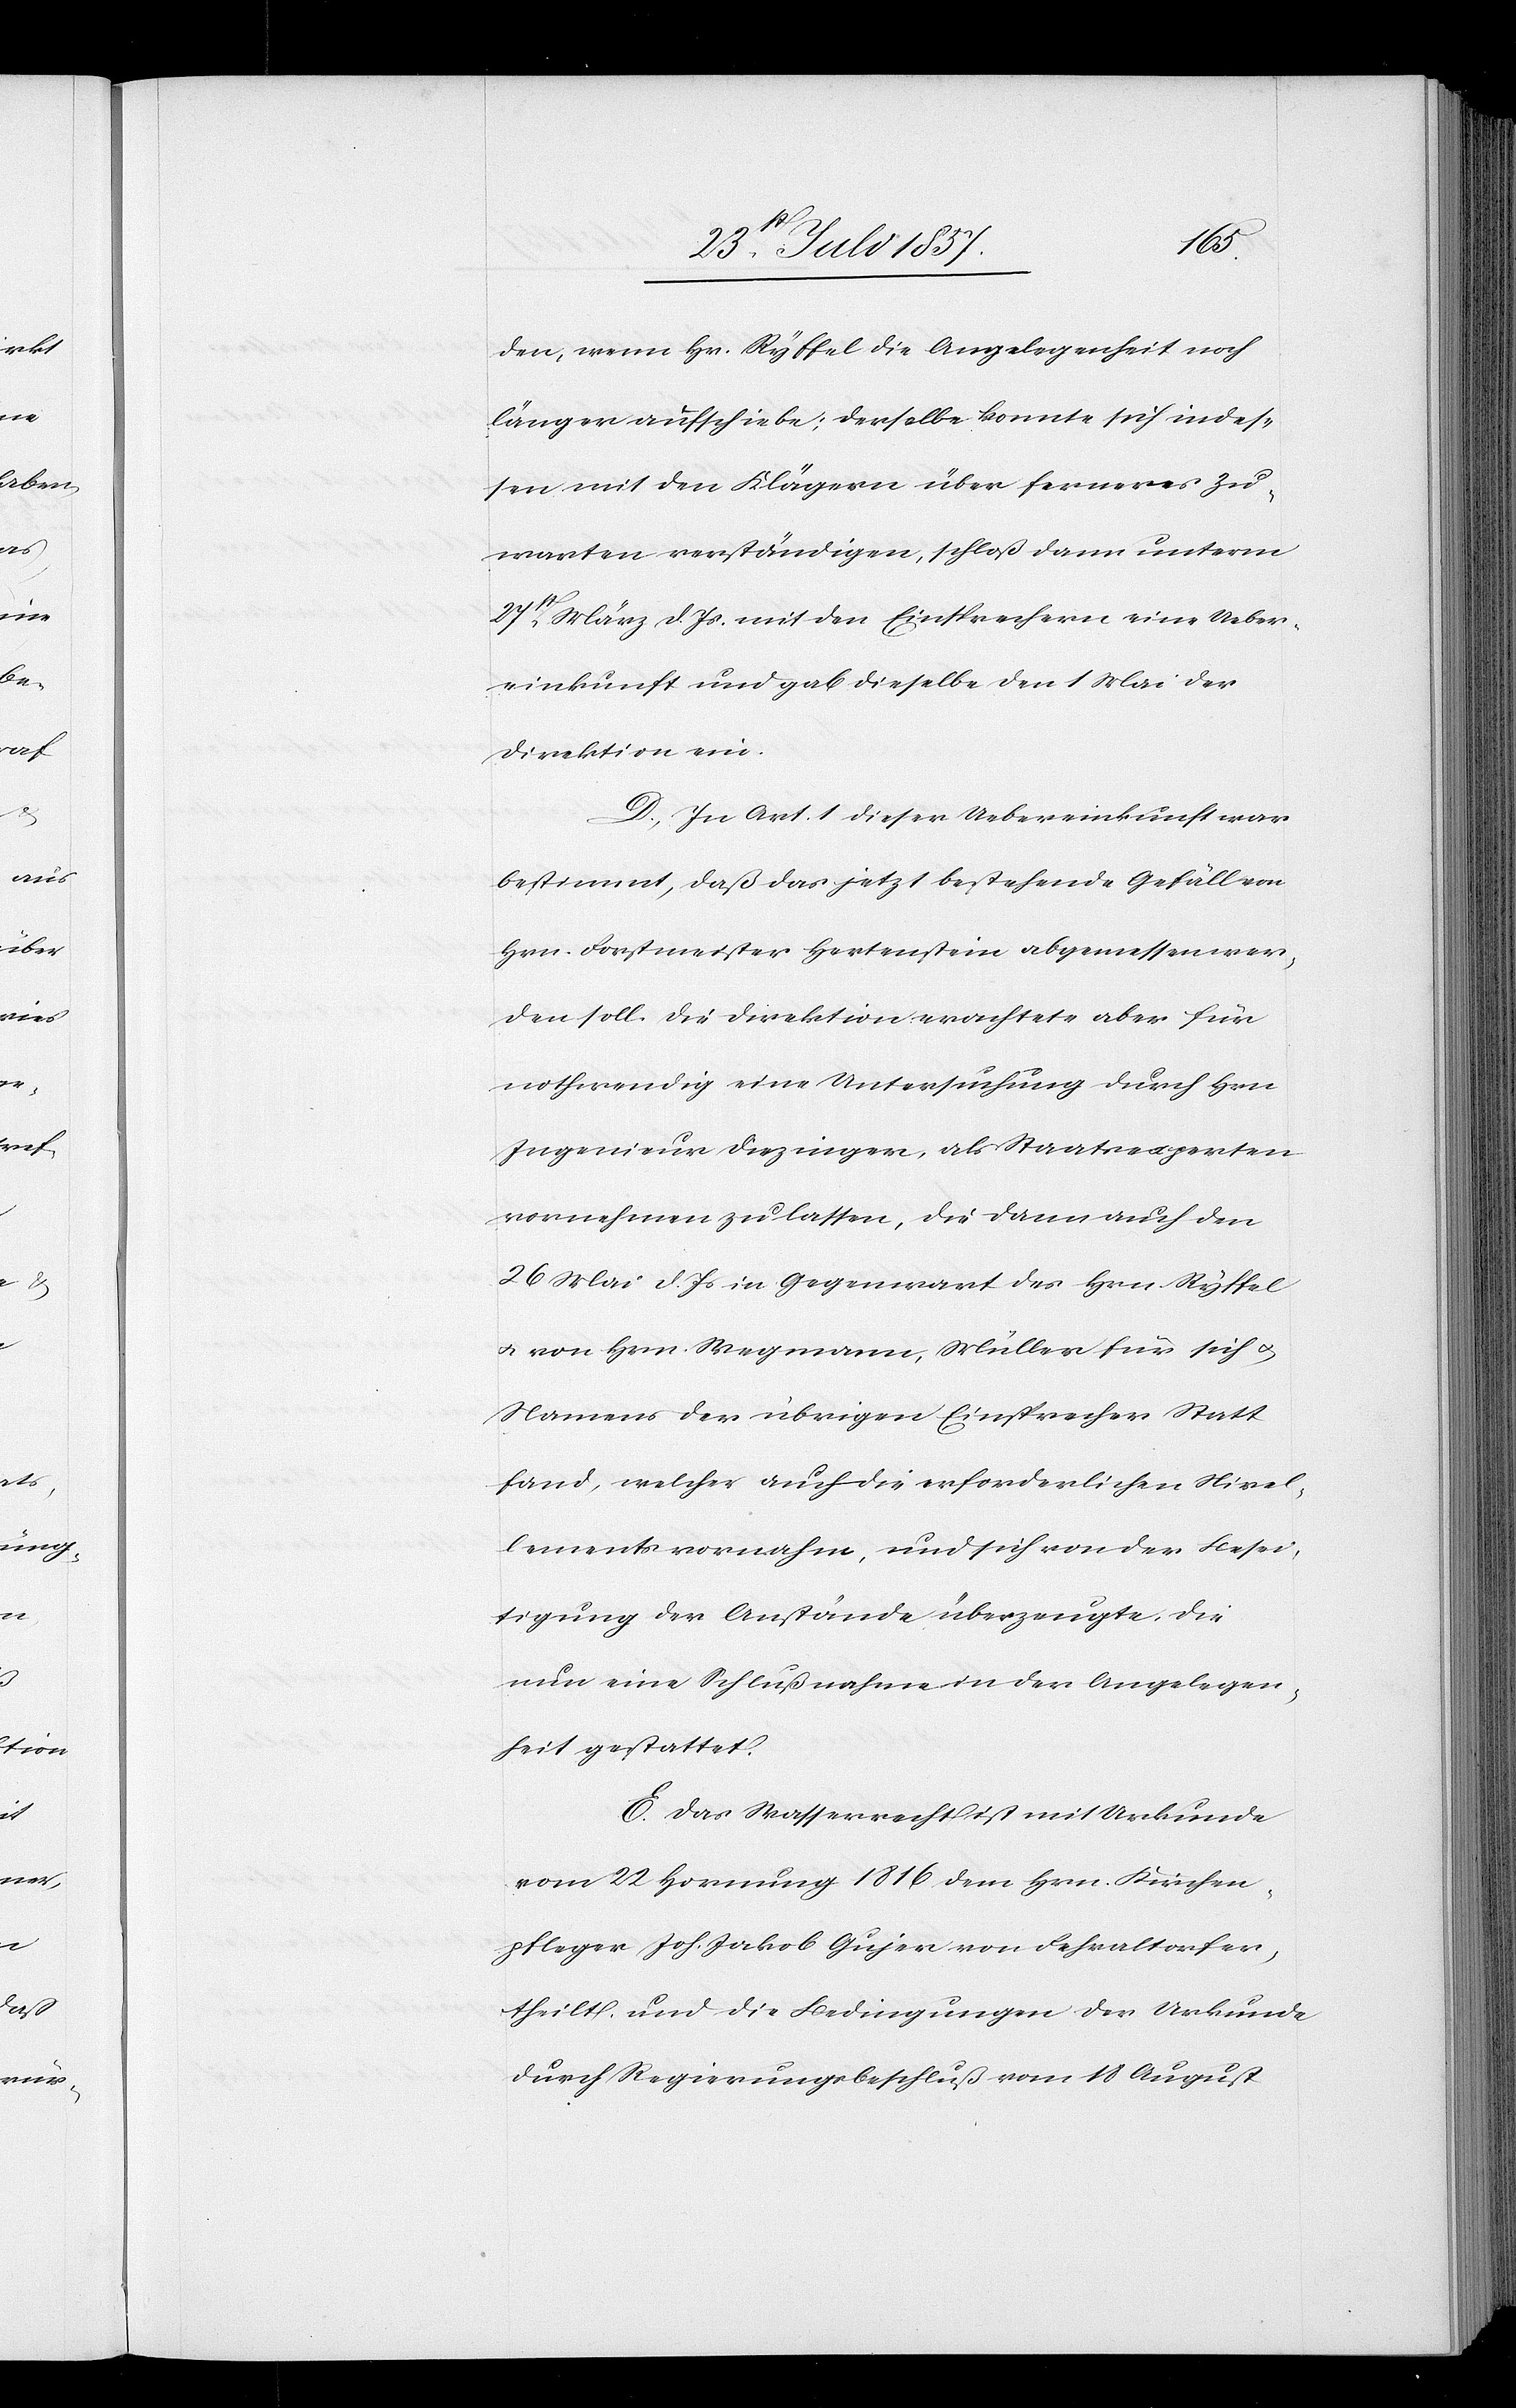
den, wenn Hr. Ryffel die Angelegenheit noch
länger aufschiebe; derselbe konnte sich indes¬
sen mit den Klägern über ferneres Zu¬
warten verständigen, schloß dann unterm
27t März d. Js. mit den Einsprechern eine Ueber¬
einkunft und gab dieselbe den 1 Mai der
Direktion ein.
D. In Art. 1 dieser Uebereinkunft war
bestimmt, daß das jetzt bestehende Gefäll von
Hrn. Forstmeister Hertenstein abgemessen wer¬
den soll. Die Direktion erachtete aber für
nothwendig eine Untersuchung durch Hrn.
Ingenieur Diezinger, als Staatsexperten
vornehmen zu lassen, die dann auch den
26 Mai d. Js. in Gegenwart des Hrn. Ryffel
& von Hrn. Wegmann, Müller für sich &
Namens der übrigen Einsprecher Statt
fand, welcher auch die erforderlichen Nivel¬
lements vornahm, und sich von der Beschei¬
nigung der Anstände überzeugte, die
nun eine Schlußnahme in der Angelegen¬
heit gestattet.
E. Das Wasserrecht ist mit Urkunde
vom 22 Hornung 1816 dem Hrn. Kirchen¬
pfleger Joh. Jakob Gujer von Fehraltorf er¬
theilt, und die Bedingungen der Urkunde
durch Regierungsbeschluß vom 18 August